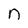
Character: n